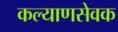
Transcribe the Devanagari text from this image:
कल्याणसेवक